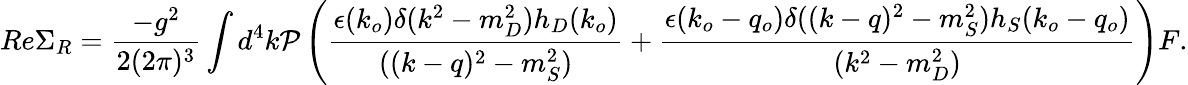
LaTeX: Re\Sigma_{R}={\frac{-g^{2}}{2(2\pi)^{3}}}\int d^{4}k{\cal P}\left({\frac{\epsilon(k_{o})\delta(k^{2}-m_{D}^{2})h_{D}(k_{o})}{((k-q)^{2}-m_{S}^{2})}}+{\frac{\epsilon(k_{o}-q_{o})\delta((k-q)^{2}-m_{S}^{2})h_{S}(k_{o}-q_{o})}{(k^{2}-m_{D}^{2})}}\right)F.